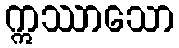
ဣဿာသော